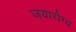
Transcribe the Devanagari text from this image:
जयारोग्य